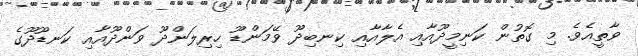
ވާތީއެވެ. މި ގޮތުން ކަނިމީދޫއާއި އެލާއާއި ކިނބިދޫ ވޭމަންޑޫ ހިރިލަންދޫ ވަންދޫއާއި ކަނޑޫދޫގެ